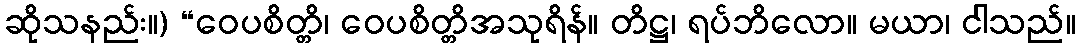
ဆိုသနည်း။) “ဝေပစိတ္တိ၊ ဝေပစိတ္တိအသုရိန်။ တိဋ္ဌ၊ ရပ်ဘိလော။ မယာ၊ ငါသည်။